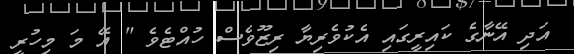
އަދި އޭނާގެ ކައިރީގައި އެކުވެރިޔާ ރިޒޫވެސް ހުއްޓެވެ " އޭ މަ މިހުރީ